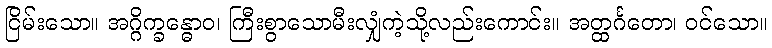
ငြိမ်းသော။ အဂ္ဂိက္ခန္ဓောဝ၊ ကြီးစွာသောမီးလျှံကဲ့သို့လည်းကောင်း။ အတ္ထင်္ဂတော၊ ဝင်သော။